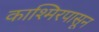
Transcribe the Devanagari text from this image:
काश्मिरपासून